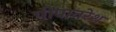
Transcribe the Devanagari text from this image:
पीपानरेश